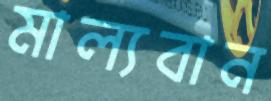
মাল্যবান